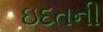
ઇદતની